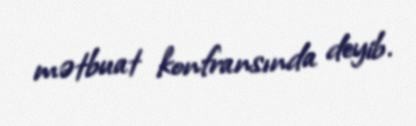
mətbuat konfransında deyib.